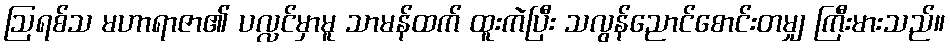
ဩရစ်သ မဟာရာဇာ၏ ပလ္လင်မှာမူ သာမန်ထက် ထူးကဲပြီး သလွန်ညောင်စောင်းတမျှ ကြီးမားသည်။